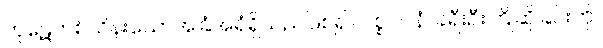
ကုဋေတစ်သိန်းသောအခြံအရံရှိသည်ဖြစ်၍။ ပစ္စဂ္ဂဂနံ၊ ခရီးဦးကြိုဆိုခြင်းကို။